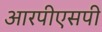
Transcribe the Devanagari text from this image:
आरपीएसपी